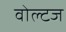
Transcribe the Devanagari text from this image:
वोल्टज